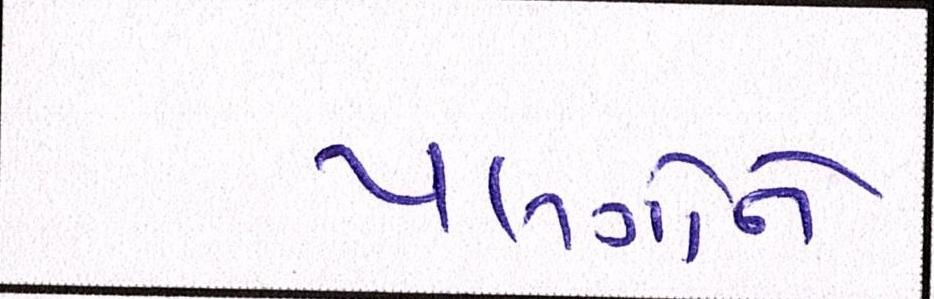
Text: પલંગોને